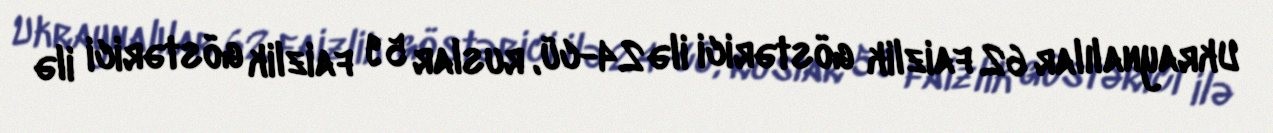
Ukraynalılar 62 faizlik göstərici ilə 24-cü, ruslar 59 faizlik göstərici ilə